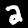
Digit: 2